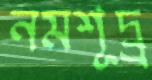
নমশূদ্র্র